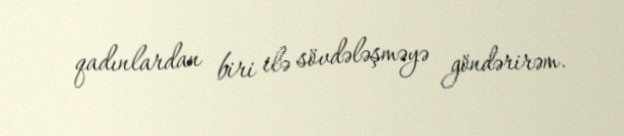
qadınlardan biri ilə sövdələşməyə göndərirəm.